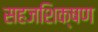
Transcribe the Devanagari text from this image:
सहजशिक्षण